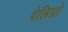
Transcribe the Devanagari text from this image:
पेलिग्रो